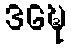
ဒဍ္ဎေ